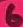
Text: 6